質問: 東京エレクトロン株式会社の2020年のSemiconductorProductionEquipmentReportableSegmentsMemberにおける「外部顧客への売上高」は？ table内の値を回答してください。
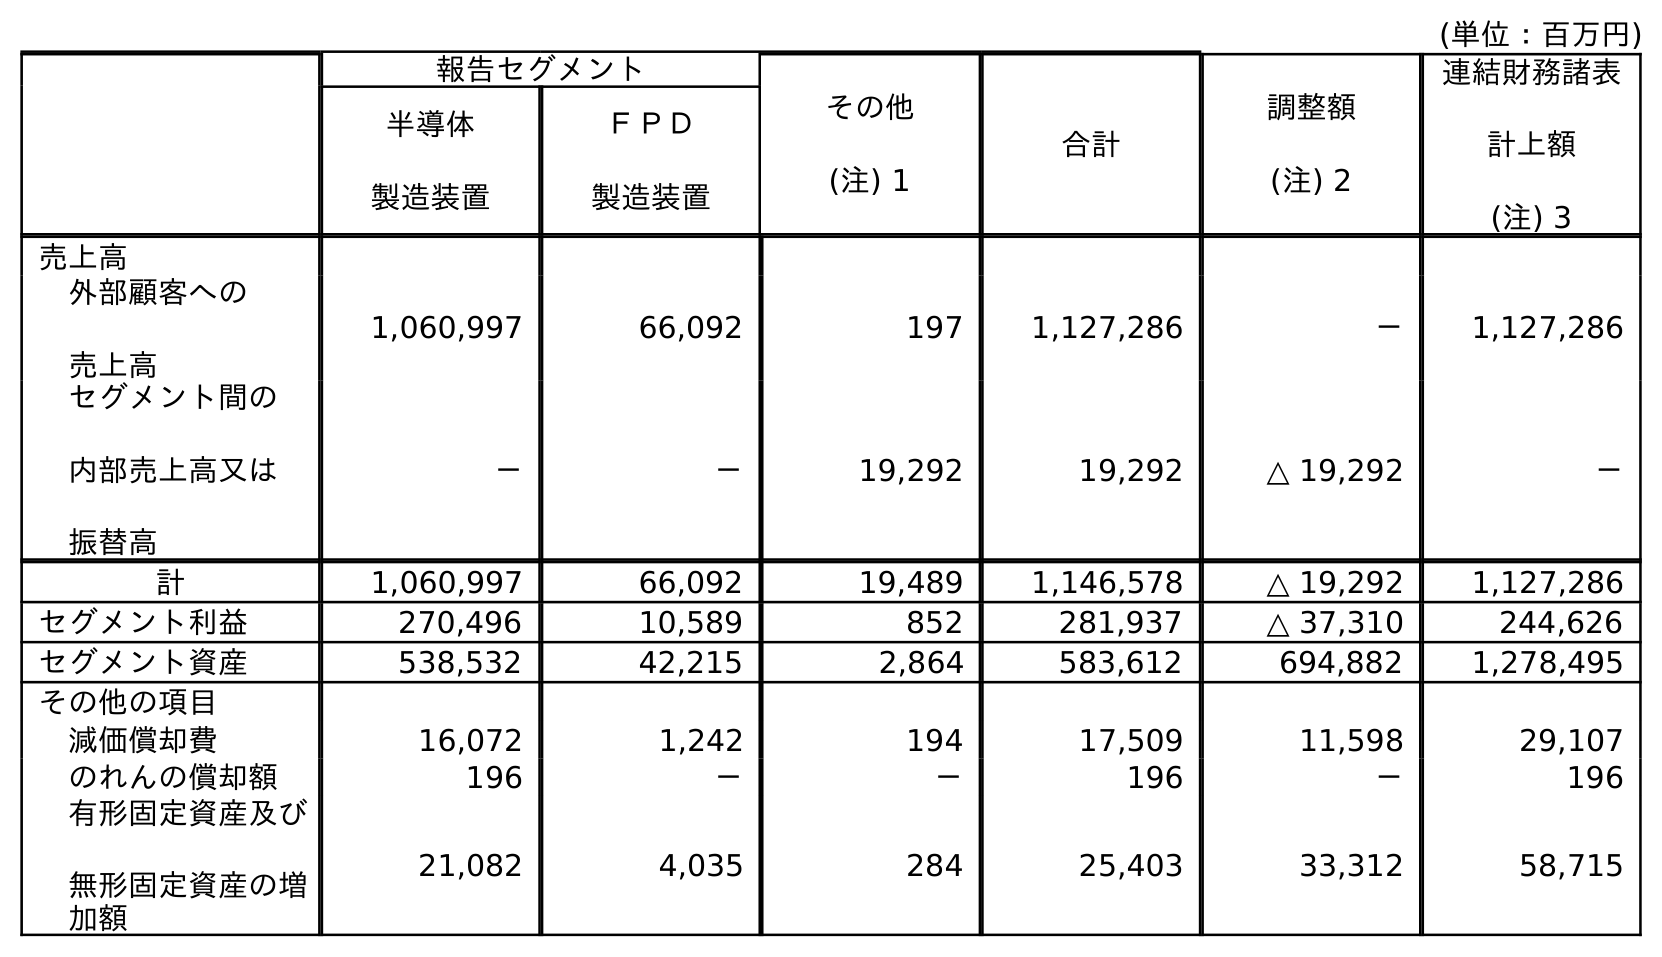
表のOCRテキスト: (単位：百万円) 報告セグメント その他 (注) 1 合計 調整額 (注) 2 連結財務諸表 計上額 (注) 3 半導体 製造装置 ＦＰＤ 製造装置 売上高 外部顧客への 売上高 1,060,997 66,092 197 1,127,286 － 1,127,286 セグメント間の 内部売上高又は 振替高 － － 19,292 19,292 △ 19,292 － 計 1,060,997 66,092 19,489 1,146,578 △ 19,292 1,127,286 セグメント利益 270,496 10,589 852 281,937 △ 37,310 244,626 セグメント資産 538,532 42,215 2,864 583,612 694,882 1,278,495 その他の項目 減価償却費 16,072 1,242 194 17,509 11,598 29,107 のれんの償却額 196 － － 196 － 196 有形固定資産及び 無形固定資産の増 加額 21,082 4,035 284 25,403 33,312 58,715
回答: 1,060,997